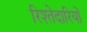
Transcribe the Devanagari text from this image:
रिश्तेदारियों